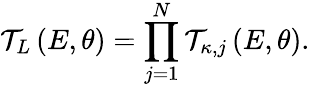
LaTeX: \mathcal{T}_{L}\left(E,\theta\right)=\prod_{j=1}^{N}\mathcal{T}_{\kappa,j}\left(E,\theta\right).